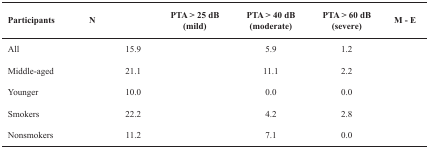
<table><thead><tr><td><b>Participants</b></td><td><b>N</b></td><td>[EMPTY_CELL]</td><td><b>PTA &gt; 25 dB (mild)</b></td><td><b>PTA &gt; 40 dB (moderate)</b></td><td><b>PTA &gt; 60 dB (severe)</b></td><td><b>M - E</b></td></tr></thead><tbody><tr><td>All</td><td>[EMPTY_CELL]</td><td>15.9</td><td>[EMPTY_CELL]</td><td>5.9</td><td>1.2</td><td>[EMPTY_CELL]</td></tr><tr><td>Middle-aged</td><td>[EMPTY_CELL]</td><td>21.1</td><td>[EMPTY_CELL]</td><td>11.1</td><td>2.2</td><td>[EMPTY_CELL]</td></tr><tr><td>Younger</td><td>[EMPTY_CELL]</td><td>10.0</td><td>[EMPTY_CELL]</td><td>0.0</td><td>0.0</td><td>[EMPTY_CELL]</td></tr><tr><td>Smokers</td><td>[EMPTY_CELL]</td><td>22.2</td><td>[EMPTY_CELL]</td><td>4.2</td><td>2.8</td><td>[EMPTY_CELL]</td></tr><tr><td>Nonsmokers</td><td>[EMPTY_CELL]</td><td>11.2</td><td>[EMPTY_CELL]</td><td>7.1</td><td>0.0</td><td>[EMPTY_CELL]</td></tr></tbody></table>